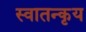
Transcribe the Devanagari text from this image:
स्वातन्कृय